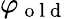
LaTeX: \varphi_{\mathrm{~o~l~d~}}